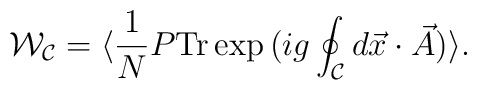
{\cal W}_{{\cal C}}=\langle \frac{1}{N} P {\rm Tr} \exp \big( i g \oint_{{\cal C}} d\vec{x}\cdot \vec{A} \big)\rangle.